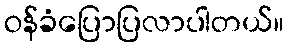
ဝန်ခံပြောပြလာပါတယ်။